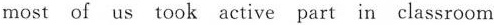
most of us took active part in classroom